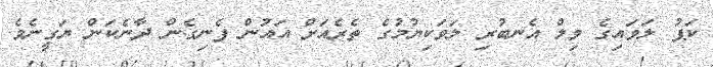
ކަޕު ލަވައިގެ ވިލް އެނބުރި ލަވަކިޔުމުގެ ތެރެއަށް އައުން ފެނިގެން ދާނެކަން ޔަގީނެވެ.